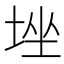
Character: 𡌚